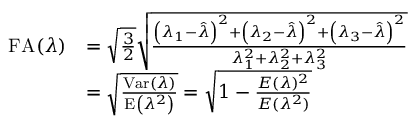
\begin{array} { r l } { \mathrm { F A } ( \lambda ) } & { = \sqrt { \frac { 3 } { 2 } } \sqrt { \frac { \left( \lambda _ { 1 } - \hat { \lambda } \right) ^ { 2 } + \left( \lambda _ { 2 } - \hat { \lambda } \right) ^ { 2 } + \left( \lambda _ { 3 } - \hat { \lambda } \right) ^ { 2 } } { \lambda _ { 1 } ^ { 2 } + \lambda _ { 2 } ^ { 2 } + \lambda _ { 3 } ^ { 2 } } } } \\ & { = \sqrt { \frac { \mathrm { V a r } ( \lambda ) } { \mathrm { E } \left( \lambda ^ { 2 } \right) } } = \sqrt { 1 - \frac { E ( \lambda ) ^ { 2 } } { E ( \lambda ^ { 2 } ) } } } \end{array}